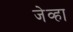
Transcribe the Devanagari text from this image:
जेव्‍हा